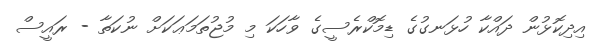
އިދިކޮޅުން ދައްކާ ހުޅަނގުގެ ޑިމޮކްރެސީގެ ވާހަކަ މި މުޖުތަމަޢަކަށް ނުކަތާ - ރައީސް